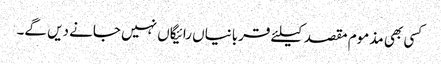
کسی بھی مذموم مقصد کیلئے قربانیاں رائیگاں نہیں جانے دیں گے۔